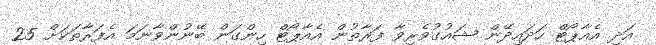
އަދި އެއާޕޯޓް ހަދައިދޭން ޝައުގުވެރިވާ ފަރާތުން އެއާޕޯޓް ހިންގަން ބޭނުންވާނަމަ އެފަރާތަކަށް 25